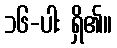
၁၆-ပါး ရှိ၏။